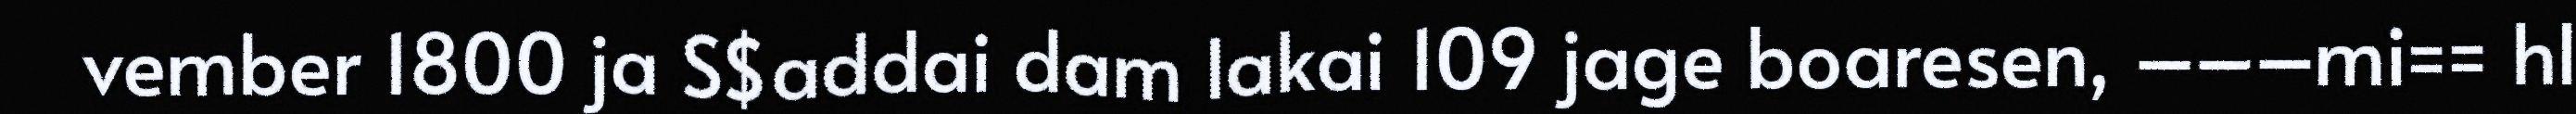
vember 1800 ja S$addai dam lakai 109 jage boaresen, –––mi== hl